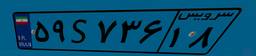
۵۱S۷۸۵۷۲